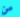
من